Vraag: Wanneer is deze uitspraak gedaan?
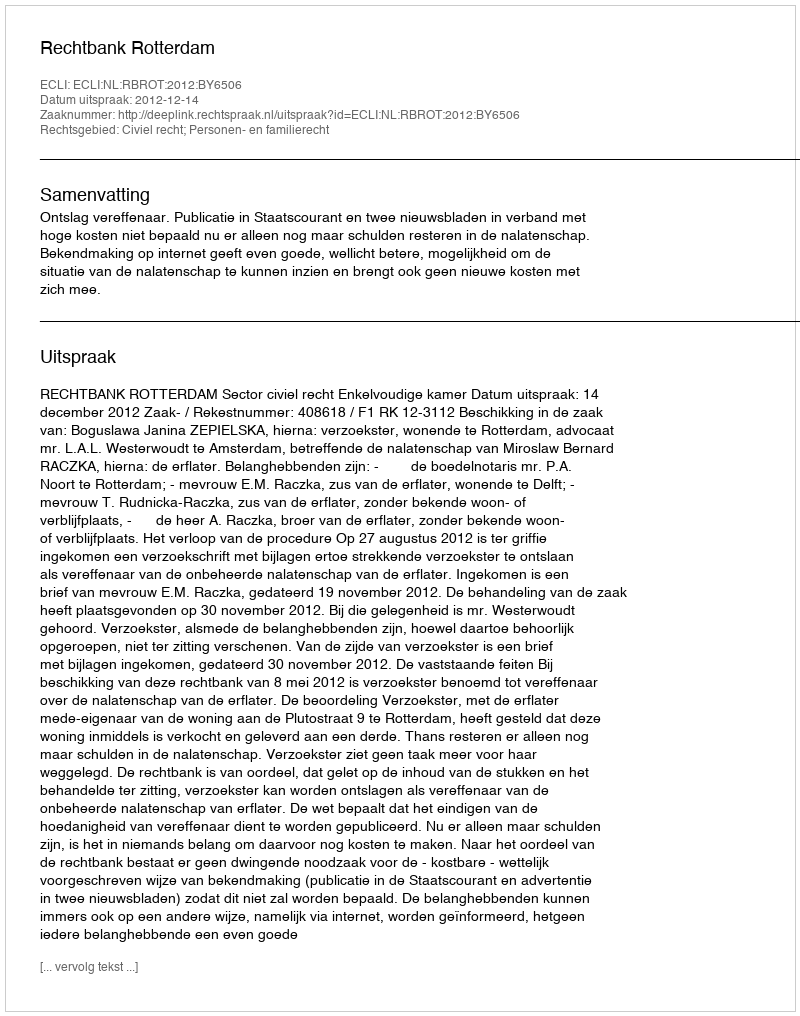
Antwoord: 2012-12-14